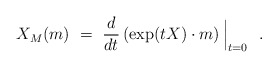
\begin{align*}X_M(m)~=~{d\over dt} \, (\exp(tX) \cdot m) \, \Big|_{t=0}~~. \end{align*}